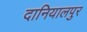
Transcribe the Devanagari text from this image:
दानियालपुर